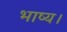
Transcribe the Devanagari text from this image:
भाष्य।